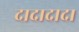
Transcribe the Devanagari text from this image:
दादादादा